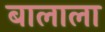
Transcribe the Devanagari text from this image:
बालाला